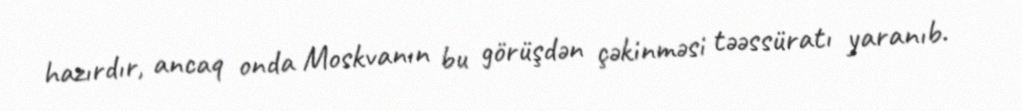
hazırdır, ancaq onda Moskvanın bu görüşdən çəkinməsi təəssüratı yaranıb.